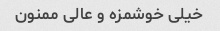
خیلی خوشمزه و عالی ممنون